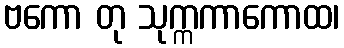
ဗကော တု သုက္ကကာကောထ၊